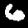
Label: 6